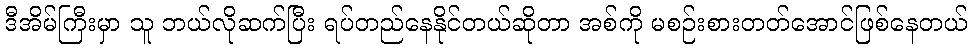
ဒီအိမ်ကြီးမှာ သူ ဘယ်လိုဆက်ပြီး ရပ်တည်နေနိုင်တယ်ဆိုတာ အစ်ကို မစဉ်းစားတတ်အောင်ဖြစ်နေတယ်